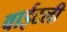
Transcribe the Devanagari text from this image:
वाईटली